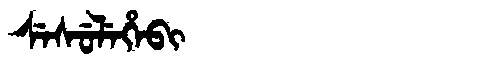
Manchu: ᠰᡝᠰᡠᠯᡝᡥᡝᠪᡳ
Romanization: SESULEHEBI